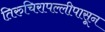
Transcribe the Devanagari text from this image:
तिरुचिरापल्लीपासून